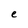
Character: e